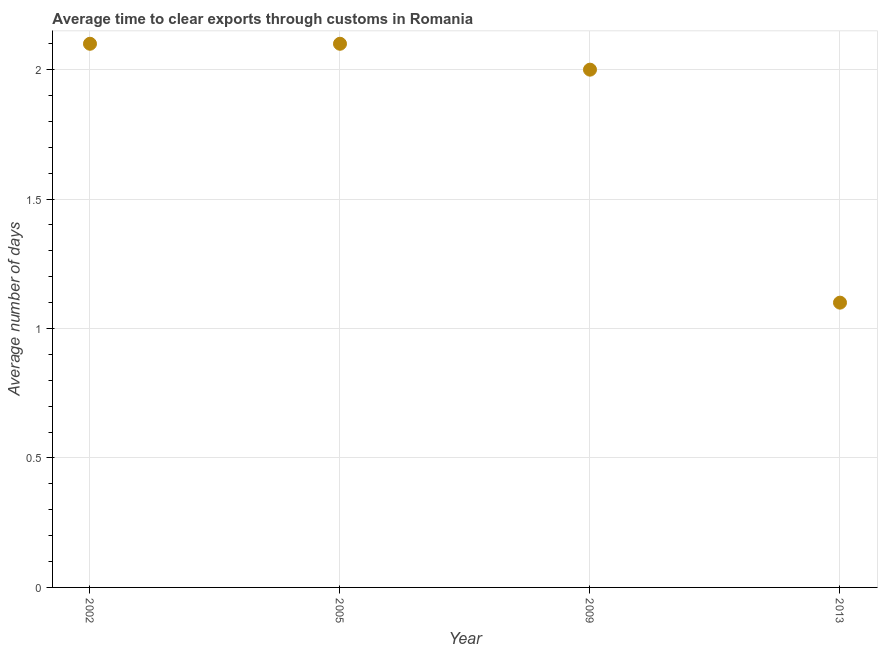
| Year | Time to clear exports through customs |
 | --- | --- |
 | 2002 | 2.1 |
 | 2005 | 2.1 |
 | 2009 | 2 |
 | 2013 | 1.1 |